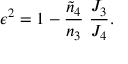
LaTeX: \epsilon ^ { 2 } = 1 - { \frac { \tilde { n } _ { 4 } } { n _ { 3 } } } \ { \frac { J _ { 3 } } { J _ { 4 } } } .